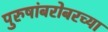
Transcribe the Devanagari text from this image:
पुरुषांबरोबरच्या